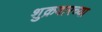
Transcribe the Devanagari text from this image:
शुक्रवारच्या